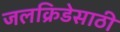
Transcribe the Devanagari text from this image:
जलक्रिडेसाठी